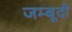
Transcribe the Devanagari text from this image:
जम्बूदी